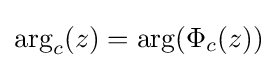
\arg _{c}(z)=\arg(\Phi _{c}(z))